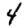
Digit: 4